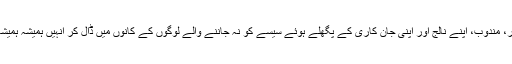
ڈاکٹر، وکیل، ملاّ، پریچر، سیاست دان، معلّم، مقرر، کالم نگار، مندوب، اپنے نالج اور اپنی جان کاری کے پگھلے ہوئے سیسے کو نہ جاننے والے لوگوں کے کانوں میں ڈال کر انہیں ہمیشہ ہمیشہ کے لیے گنگ اور ہمیشہ ہمیشہ کے لیے ماؤف کردیتا ہے۔